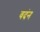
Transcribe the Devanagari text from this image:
वदंन